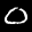
Label: 0